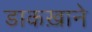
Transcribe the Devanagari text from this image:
डाकख़ाने